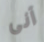
آنى